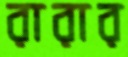
রারার